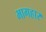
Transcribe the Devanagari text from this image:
भागहार